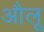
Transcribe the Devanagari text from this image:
औलू